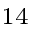
^ { 1 4 }